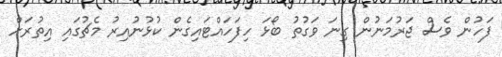
ފަހުން ވެސް ޖަރުމަނުން ގިނަ ވަގުތު ބޯޅަ ހިފަހައްޓައިގެން ކުޅުނުއިރު މެޗުގައި އިތުރަށް